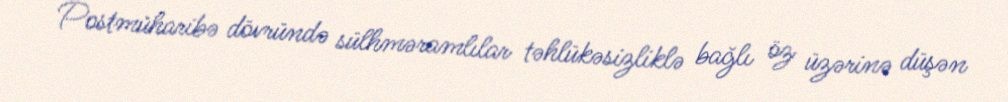
Postmüharibə dövründə sülhməramlılar təhlükəsizliklə bağlı öz üzərinə düşən